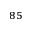
^ { 8 5 }